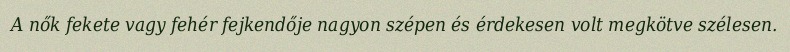
A nők fekete vagy fehér fejkendője nagyon szépen és érdekesen volt megkötve szélesen.